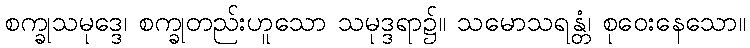
စက္ခုသမုဒ္ဒေ၊ စက္ခုတည်းဟူသော သမုဒ္ဒရာ၌။ သမောသရန္တံ၊ စုဝေးနေသော။